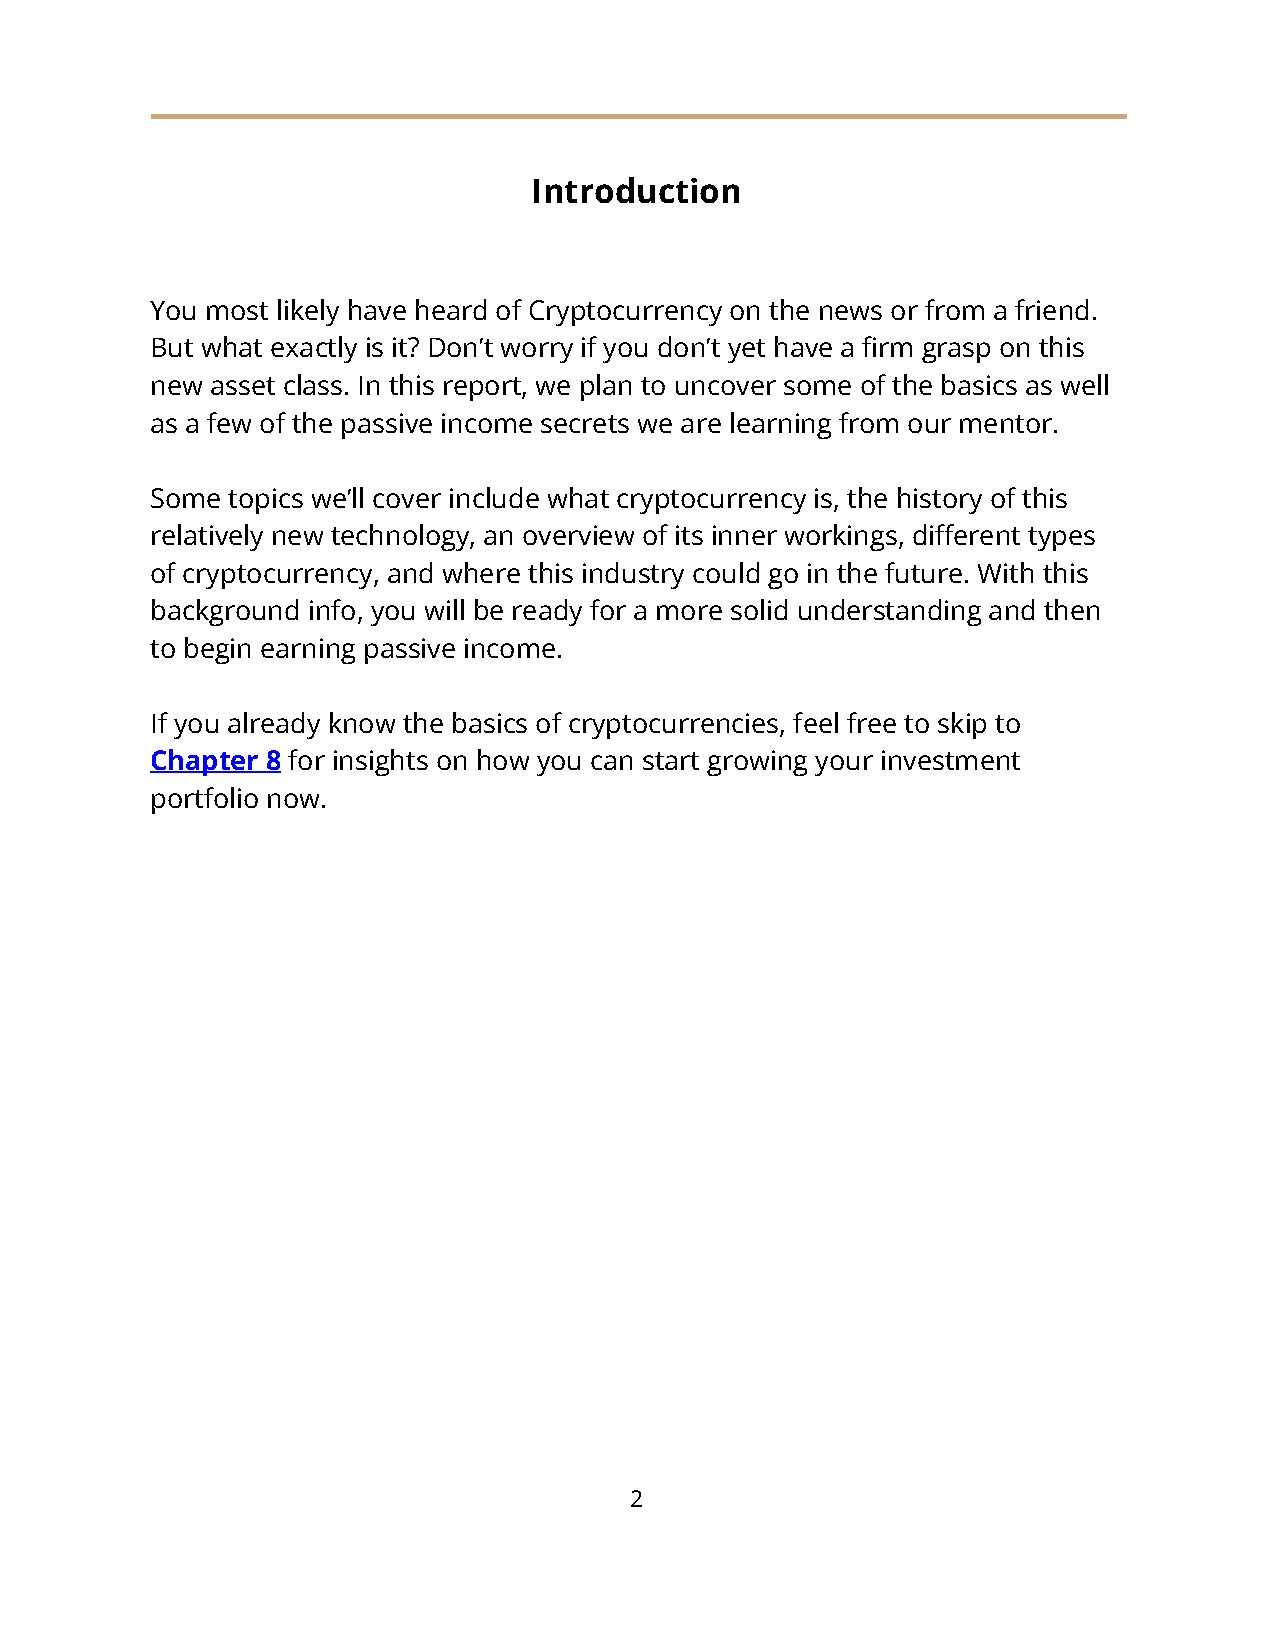
Introduction
 You most likely have heard of Cryptocurrency on the news or from a friend.
 But what exactly is it? Don’t worry if you don’t yet have a firm grasp on this
 new asset class. In this report, we plan to uncover some of the basics as well
 as a few of the passive income secrets we are learning from our mentor.
 Some topics we’ll cover include what cryptocurrency is, the history of this
 relatively new technology, an overview of its inner workings, different types
 of cryptocurrency, and where this industry could go in the future. With this
 background info, you will be ready for a more solid understanding and then
 to begin earning passive income.
 If you already know the basics of cryptocurrencies, feel free to skip to
 Chapter 8 for insights on how you can start growing your investment
 portfolio now.
 2